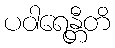
ပဝါရေန္တီတိ